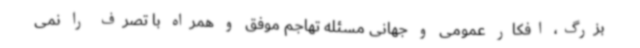
بزرگ، افکار عمومی و جهانی مسئله تهاجم موفق و همراه با تصرف را نمی